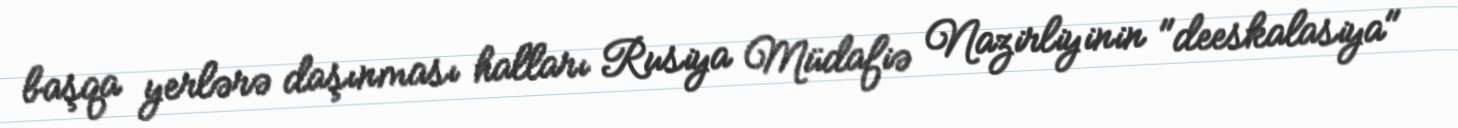
başqa yerlərə daşınması halları Rusiya Müdafiə Nazirliyinin "deeskalasiya"